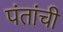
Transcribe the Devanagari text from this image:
पंतांची